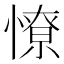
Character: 憭